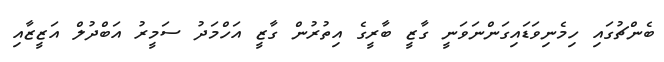
ބެންޗުގައި ހިމެނިވަޑައިގަންނަވަނީ ގާޒީ ބާރީގެ އިތުރުން ގާޒީ އަހްމަދު ސަމީރު އަބްދުލް އަޒީޒާއި